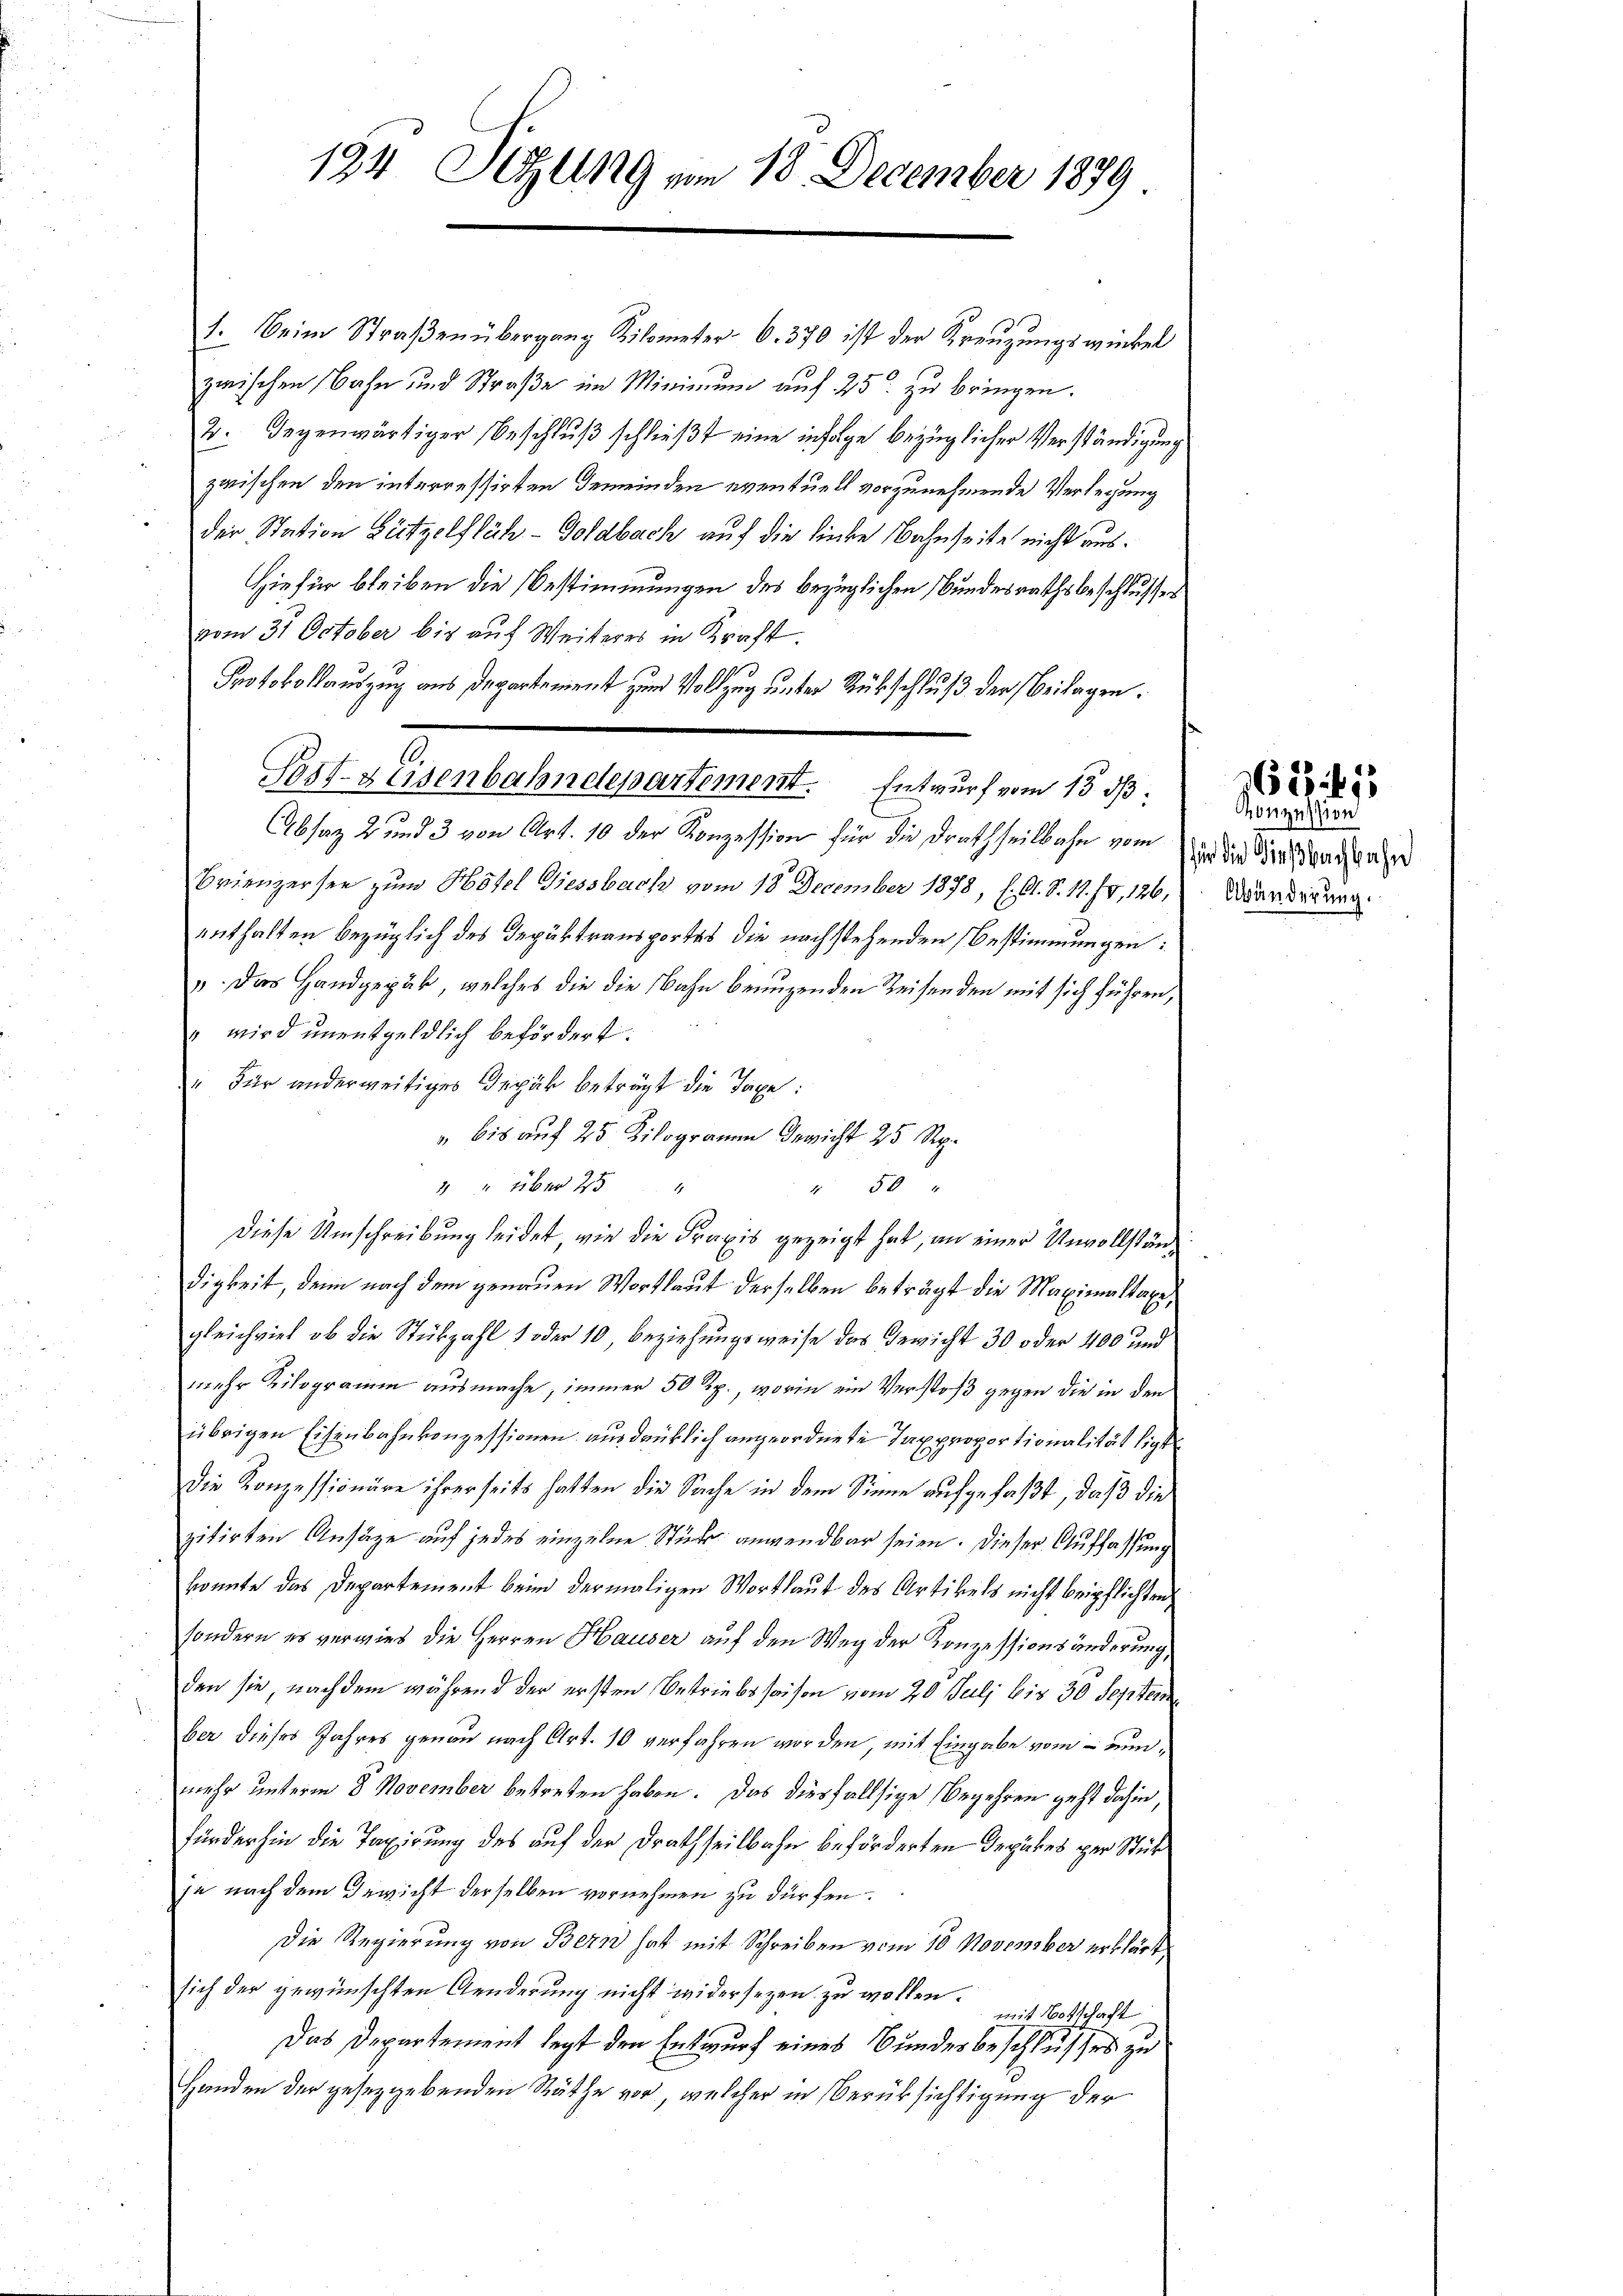
194 Sitzung vom 18 December 1879

2

1. Beim Straβenübergang Kilometer 6. 370 ist der Kreŭzŭngswinkel
zwischen Bahn und Straße im Minimum auf 25 zu bringen.
2. Gegenwärtiger Beschluß schließt eine infolge bezüglicher Verständigung
 zwischen den interressirten Gemeinden eventuell vorzunehmende Verlegung
der Station Lützelfläh-Goldbach auf die liebe Bahnheite nicht aus¬
Hiefür bleiben die Bestimmungen des bezüglichen Bundesrathsbeschlusses
vom 31 October bis auf Weiteres in Kraft.
Protokollauszug aus Departement zum Vollzug unter Rückschluß der Beilagen.
Post-Hasenbahndepartement. Entwurf vom 13. ds.
Absaz 2 und 3 von Art. 10 der Konzession für die Druthheitbahn von in die Kindsrath daher
Brienzersee zum Hotel diessbach vom 18. December 1878, E. C. S. 11. IV, 126,
enthalten bezüglich des Depäktransportes die nachstehenden Bestimmungen:
u. Das Handgepak, welches die die Bahn benuzenden Reisenden mit sich führen,
" wird unentgeldlich befördert.
 Für anderweitiges Gepäck beträgt die Taxe:
" bis auf 25 Kilogramm Gericht 25 Rp.
" über 25
" 50
Diese Umschreibung leidet, wie die Praxis gezeigt hat, an einer Unvollständigkeit, denn nach dem genauen Wortlaut derselben beträgt die Maximaltaxe,
gleichviel ob die Stükzahl 1 oder 10, Beziehungsweise das Gewicht 30 oder 400 und
mehr Kilogramm ausmache, immer 50 Rp., worin ein Verstoß gegen die in den
übrigen Eisenbahnkonzessionen ausdrüklich angeordnete Taxproportionalität ligt
die Konzessionäre ihrerseits hatten die Sache in dem Sinne aufgefaßt, daß die
zitirten Ansäge auf jedes einzelne Stück anwendbar seien. Dieser Auffassung
konnte das Departement beim dermaligen Wortlaut des Artikels nicht beipflichten,
sondern es verwies die Herren Hauser auf den Weg der Konzessionsänderung,
den sie, nachdem während der ersten Betriebssaison vom 20. Juli bis 30 Septem
ber dieses Jahres genau nach Art. 10 verfahren worden, mit Eingabe vom – nunmehr unterm 8. November betreten haben. Das diesfallsige Begehren geht dahin,
fürderhin die Taxirung des auf der Drathseilbahn beförderten Depakes zur Stück
je nach dem Gewicht derselben vornehmen zu dürfen.
Die Regierung von Bern hat mit Schreiben vom 10. November erklärt
sich der gewünschten Aenderung nicht widersezen zu wollen.
mit Botschaft
Das Departement legt den Entwurf eines Bundesbeschlusses zu
Handen der gesetzgebenden Räthe vor, welcher in Berüksichtigung der

oszession
Abänderung.

162. 455